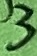
Text: 3